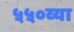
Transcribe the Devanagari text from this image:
५५०व्या